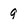
Character: 9